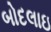
બોદલાઇ